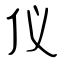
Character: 仪